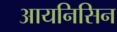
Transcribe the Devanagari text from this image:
आयनिसिन